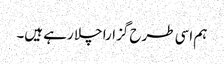
ہم اسی طرح گزارا چلا رہے ہیں۔